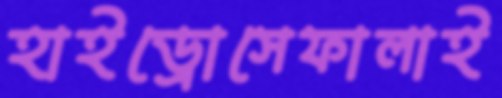
হাইড্রোসেফালাই